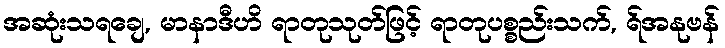
အဆုံးသရချေ, မာနာဒီဟိ ရာတုသုတ်ဖြင့် ရာတုပစ္စည်းသက်, ရ်အနုဗန်